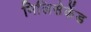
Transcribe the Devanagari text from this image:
मिलिसेकेंड